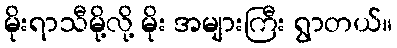
မိုးရာသီမို့လို့ မိုး အများကြီး ရွာတယ်။